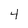
Character: 4